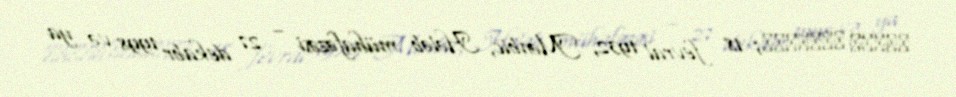
Գևորգ Աճեմյան; 18 fevral 1932, Mənbic, Hələb mühafəzəsi – 27 dekabr 1998 və ya